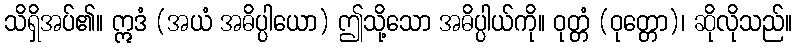
သိရှိအပ်၏။ ဣဒံ (အယံ အဓိပ္ပါယော) ဤသို့သော အဓိပ္ပါယ်ကို။ ဝုတ္တံ (ဝုတ္တော)၊ ဆိုလိုသည်။